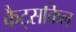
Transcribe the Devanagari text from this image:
कैट्सकिल